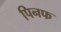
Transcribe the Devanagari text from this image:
पिनफ